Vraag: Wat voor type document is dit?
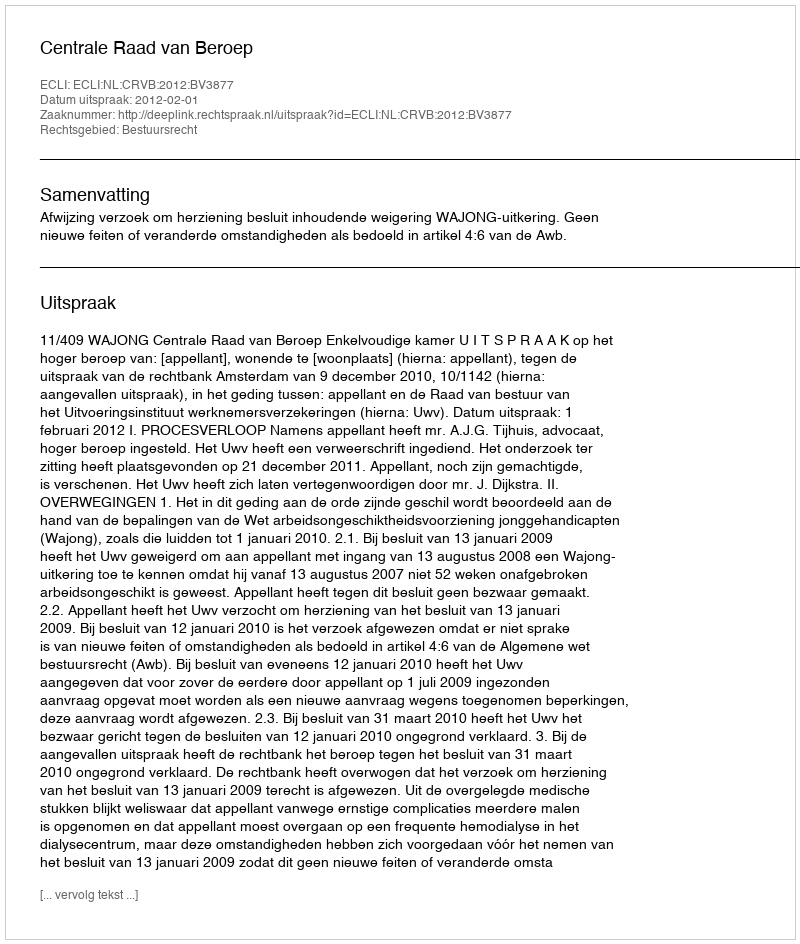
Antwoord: Uitspraak